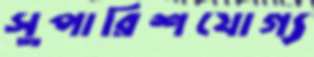
সুপারিশযোগ্য